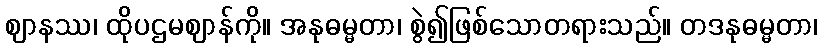
ဈာနဿ၊ ထိုပဌမဈာန်ကို။ အနုဓမ္မတာ၊ စွဲ၍ဖြစ်သောတရားသည်။ တဒနုဓမ္မတာ၊